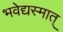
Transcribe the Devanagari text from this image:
भवेद्यस्मात्